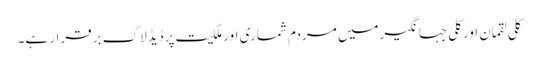
کلی لقمان اورکلی جہانگیرمیں مردم شماری اورملکیت پرڈیڈلاک برقرار ہے۔